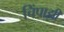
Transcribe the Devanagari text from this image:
चिंपाझी